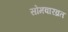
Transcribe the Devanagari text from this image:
सोमवारव्रत